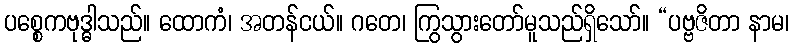
ပစ္စေကဗုဒ္ဓါသည်။ ထောကံ၊ အတန်ငယ်။ ဂတေ၊ ကြွသွားတော်မူသည်ရှိသော်။ “ပဗ္ဗဇိတာ နာမ၊